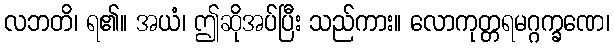
လဘတိ၊ ရ၏။ အယံ၊ ဤဆိုအပ်ပြီး သည်ကား။ လောကုတ္တရမဂ္ဂက္ခဏေ၊